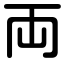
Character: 両